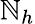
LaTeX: \mathbb{N}_{h}